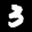
Label: 3